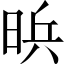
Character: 𱢄